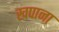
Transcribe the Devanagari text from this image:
खपाना